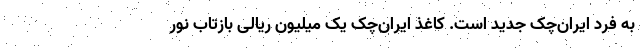
به فرد ایران‌چک جدید است. کاغذ ایران‌چک یک میلیون ریالی بازتاب نور